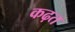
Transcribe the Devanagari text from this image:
कढ़त